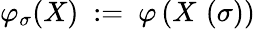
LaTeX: \varphi_{\sigma}(X)\ :=\ \varphi\left(X\, \left(\sigma\right)\right)